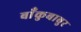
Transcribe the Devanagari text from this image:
बाँकुबाबुर